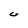
Character: U